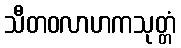
သီတဝလာဟကသုတ္တံ